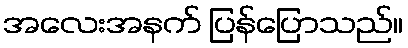
အလေးအနက် ပြန်ပြောသည်။